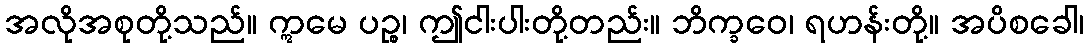
အလိုအစုတို့သည်။ ဣမေ ပဉ္စ၊ ဤငါးပါးတို့တည်း။ ဘိက္ခဝေ၊ ရဟန်းတို့။ အပိစခေါ၊